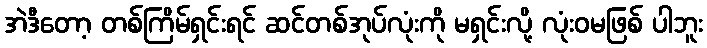
အဲဒီတော့ တစ်ကြိမ်ရှင်းရင် ဆင်တစ်အုပ်လုံးကို မရှင်းလို့ လုံးဝမဖြစ် ပါဘူး